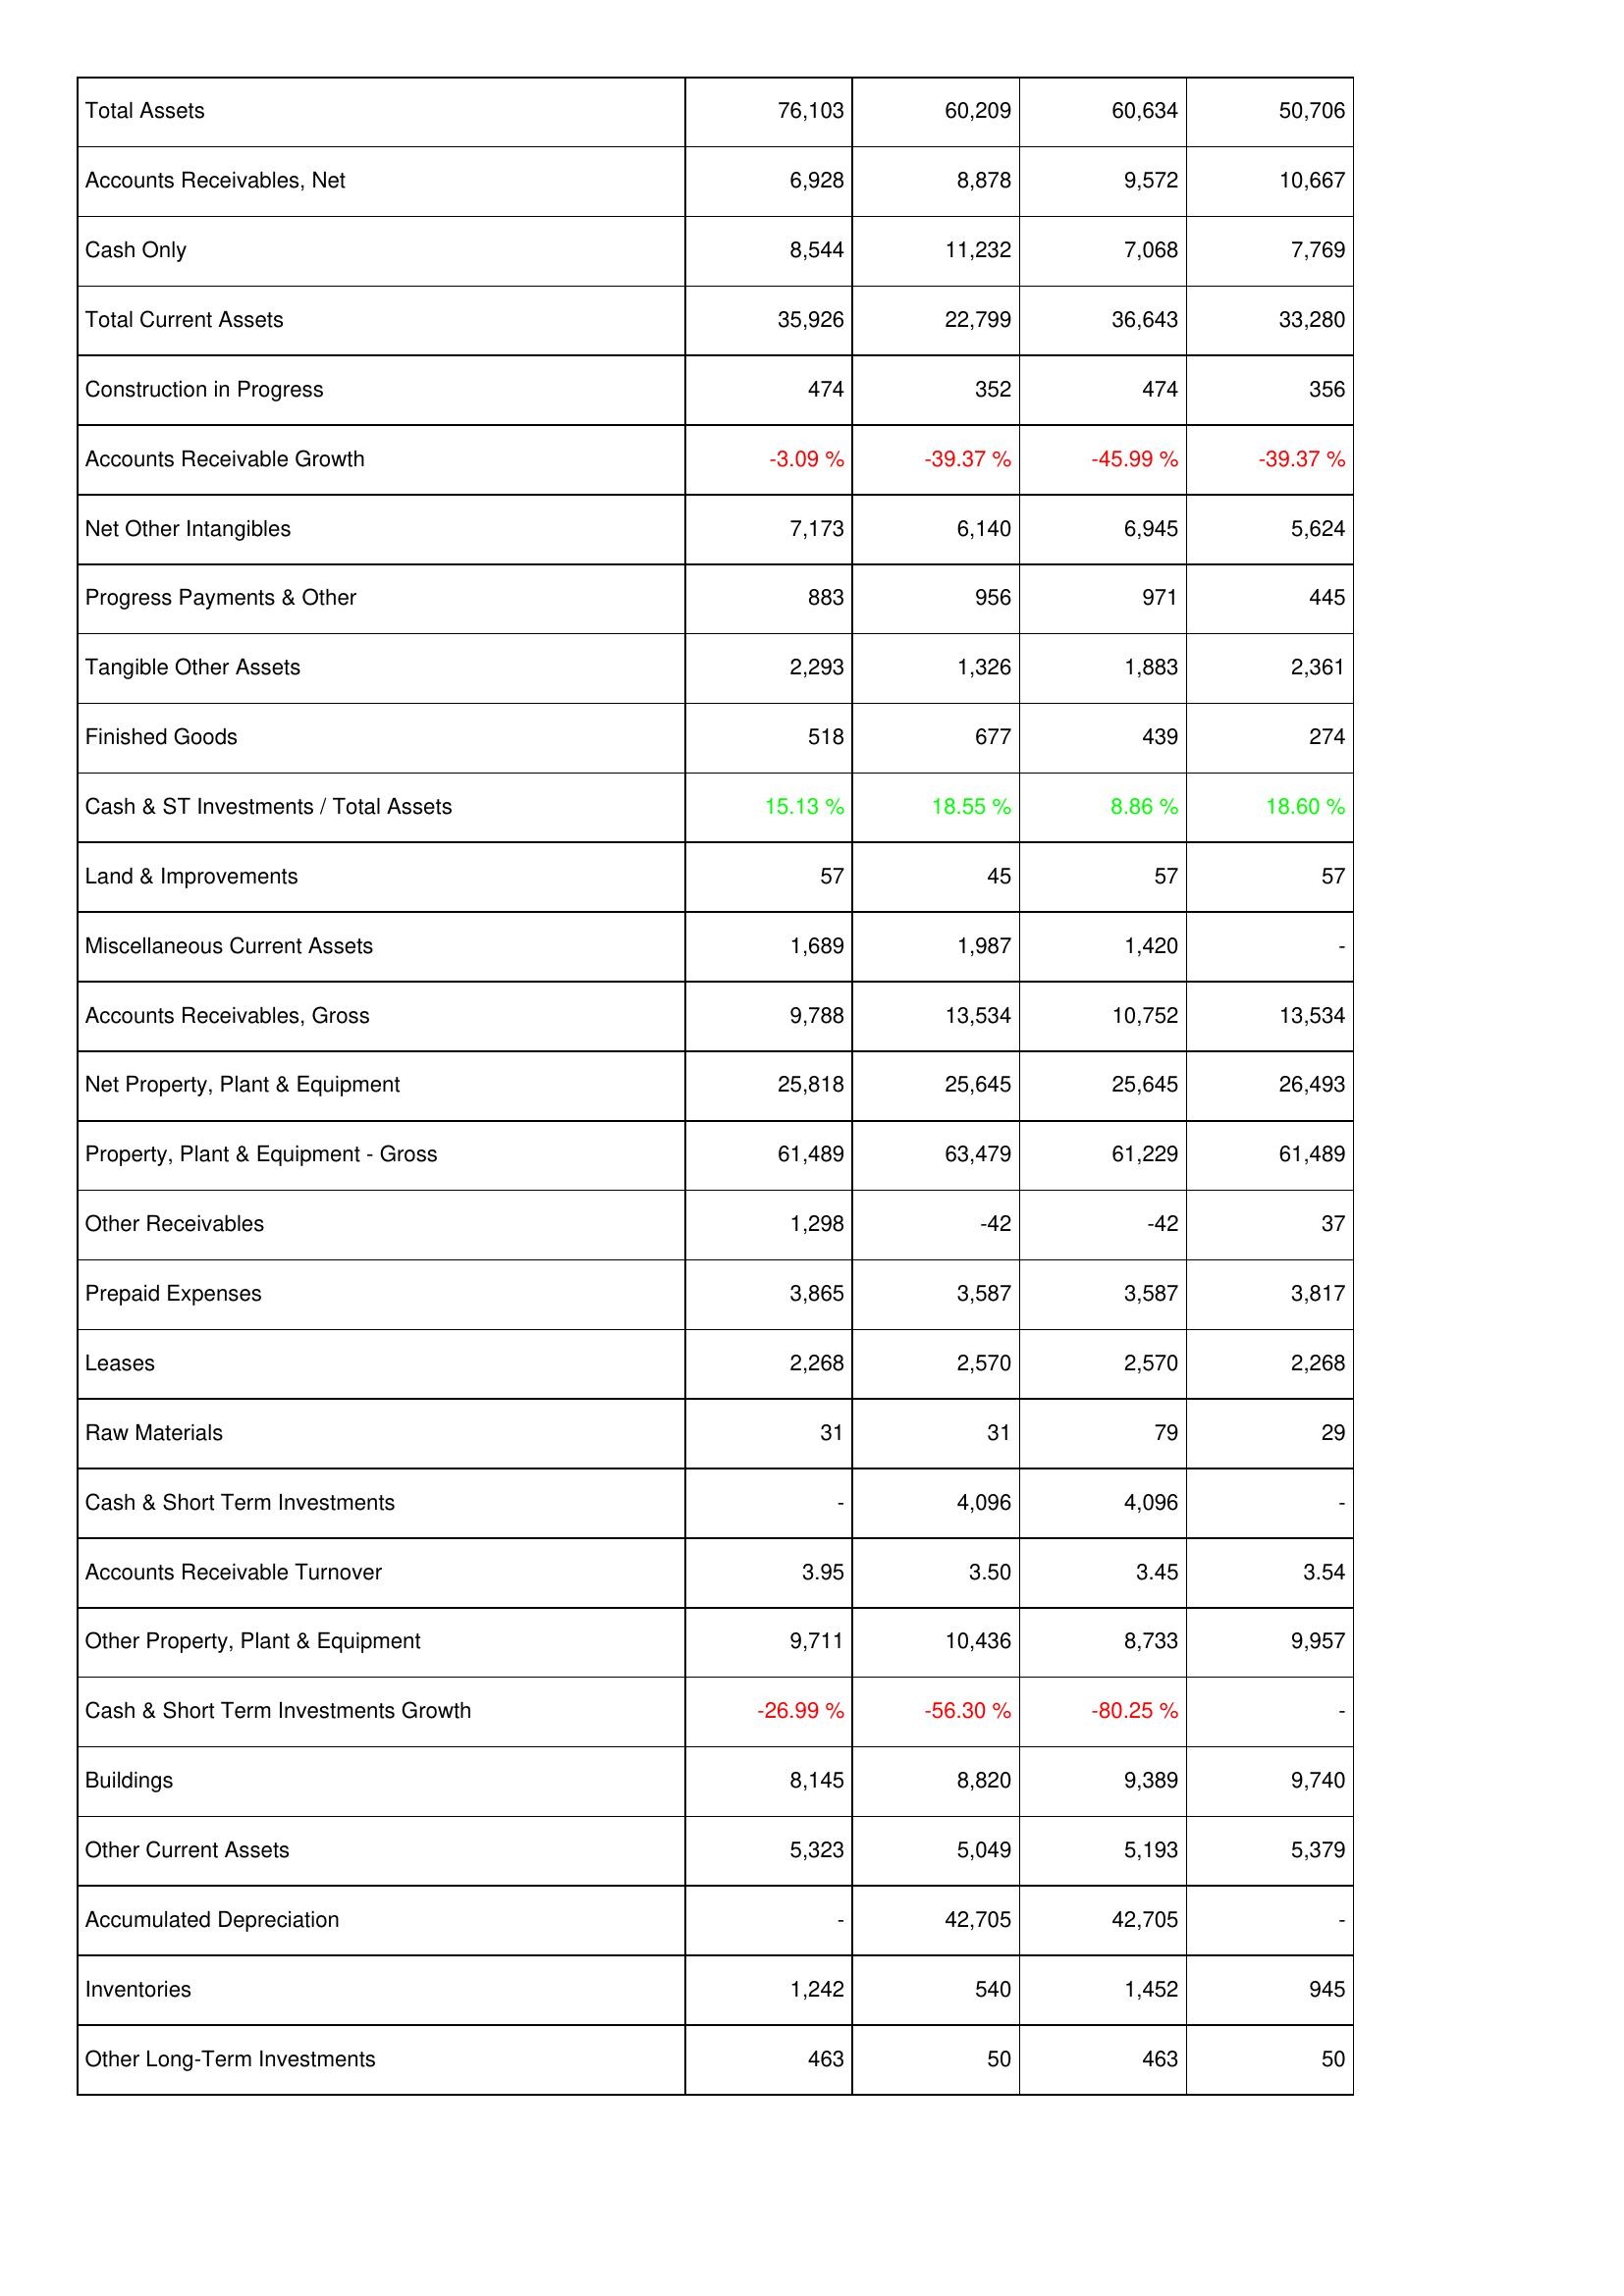
2008: Assets: Total Assets: 76,103
Accounts Receivables, Net: 6,928
Cash Only: 8,544
Total Current Assets: 35,926
Construction in Progress: 474
Accounts Receivable Growth: -3.09 %
Net Other Intangibles: 7,173
Progress Payments & Other: 883
Tangible Other Assets: 2,293
Finished Goods: 518
Cash & ST Investments / Total Assets: 15.13 %
Land & Improvements: 57
Miscellaneous Current Assets: 1,689
Accounts Receivables, Gross: 9,788
Net Property, Plant & Equipment: 25,818
Property, Plant & Equipment - Gross: 61,489
Other Receivables: 1,298
Prepaid Expenses: 3,865
Leases: 2,268
Raw Materials: 31
Cash & Short Term Investments: -
Accounts Receivable Turnover: 3.95
Other Property, Plant & Equipment: 9,711
Cash & Short Term Investments Growth: -26.99 %
Buildings: 8,145
Other Current Assets: 5,323
Accumulated Depreciation: -
Inventories: 1,242
Other Long-Term Investments: 463
2007: Assets: Total Assets: 60,209
Accounts Receivables, Net: 8,878
Cash Only: 11,232
Total Current Assets: 22,799
Construction in Progress: 352
Accounts Receivable Growth: -39.37 %
Net Other Intangibles: 6,140
Progress Payments & Other: 956
Tangible Other Assets: 1,326
Finished Goods: 677
Cash & ST Investments / Total Assets: 18.55 %
Land & Improvements: 45
Miscellaneous Current Assets: 1,987
Accounts Receivables, Gross: 13,534
Net Property, Plant & Equipment: 25,645
Property, Plant & Equipment - Gross: 63,479
Other Receivables: -42
Prepaid Expenses: 3,587
Leases: 2,570
Raw Materials: 31
Cash & Short Term Investments: 4,096
Accounts Receivable Turnover: 3.50
Other Property, Plant & Equipment: 10,436
Cash & Short Term Investments Growth: -56.30 %
Buildings: 8,820
Other Current Assets: 5,049
Accumulated Depreciation: 42,705
Inventories: 540
Other Long-Term Investments: 50
2006: Assets: Total Assets: 60,634
Accounts Receivables, Net: 9,572
Cash Only: 7,068
Total Current Assets: 36,643
Construction in Progress: 474
Accounts Receivable Growth: -45.99 %
Net Other Intangibles: 6,945
Progress Payments & Other: 971
Tangible Other Assets: 1,883
Finished Goods: 439
Cash & ST Investments / Total Assets: 8.86 %
Land & Improvements: 57
Miscellaneous Current Assets: 1,420
Accounts Receivables, Gross: 10,752
Net Property, Plant & Equipment: 25,645
Property, Plant & Equipment - Gross: 61,229
Other Receivables: -42
Prepaid Expenses: 3,587
Leases: 2,570
Raw Materials: 79
Cash & Short Term Investments: 4,096
Accounts Receivable Turnover: 3.45
Other Property, Plant & Equipment: 8,733
Cash & Short Term Investments Growth: -80.25 %
Buildings: 9,389
Other Current Assets: 5,193
Accumulated Depreciation: 42,705
Inventories: 1,452
Other Long-Term Investments: 463
2005: Assets: Total Assets: 50,706
Accounts Receivables, Net: 10,667
Cash Only: 7,769
Total Current Assets: 33,280
Construction in Progress: 356
Accounts Receivable Growth: -39.37 %
Net Other Intangibles: 5,624
Progress Payments & Other: 445
Tangible Other Assets: 2,361
Finished Goods: 274
Cash & ST Investments / Total Assets: 18.60 %
Land & Improvements: 57
Miscellaneous Current Assets: -
Accounts Receivables, Gross: 13,534
Net Property, Plant & Equipment: 26,493
Property, Plant & Equipment - Gross: 61,489
Other Receivables: 37
Prepaid Expenses: 3,817
Leases: 2,268
Raw Materials: 29
Cash & Short Term Investments: -
Accounts Receivable Turnover: 3.54
Other Property, Plant & Equipment: 9,957
Cash & Short Term Investments Growth: -
Buildings: 9,740
Other Current Assets: 5,379
Accumulated Depreciation: -
Inventories: 945
Other Long-Term Investments: 50